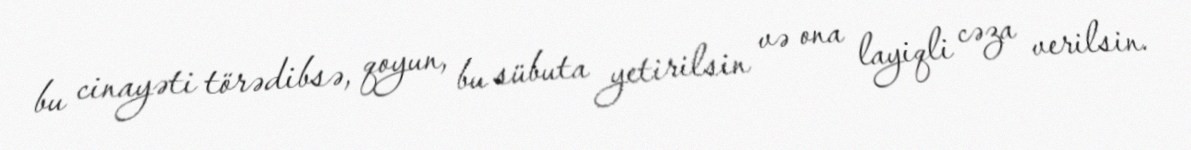
bu cinayəti törədibsə, qoyun, bu sübuta yetirilsin və ona layiqli cəza verilsin.